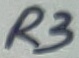
Text: R3